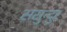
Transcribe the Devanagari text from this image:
ससुन्दुर